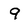
Character: 9